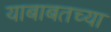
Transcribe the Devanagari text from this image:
याबाबतच्या